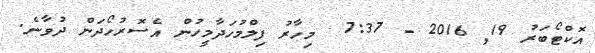
އޮކްޓޯބަރު 19